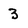
Character: 3